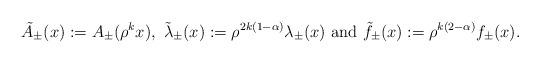
LaTeX: \begin{align*}\tilde A_{\pm}(x) := A_{\pm}(\rho^k x), \ \tilde \lambda_{\pm}(x) := \rho^{2k(1-\alpha)} \lambda_{\pm}(x) \ \mbox{and} \ \tilde f_{\pm}(x) : = \rho^{k(2-\alpha)}f_{\pm}(x).\end{align*}